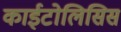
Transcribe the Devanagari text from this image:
काईटोलिसिस